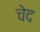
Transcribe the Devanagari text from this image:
चेद